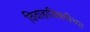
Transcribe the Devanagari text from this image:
विवाहाविषयीच्या